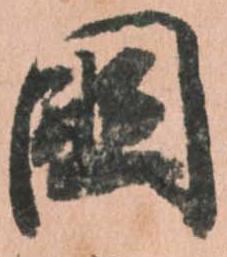
国